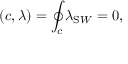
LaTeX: ( c , \lambda ) = \oint _ { c } \lambda _ { \mathrm S W } = 0 ,